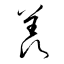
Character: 羨